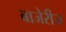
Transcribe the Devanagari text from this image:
बाजेरीज